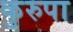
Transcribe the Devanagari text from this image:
कुरुपा